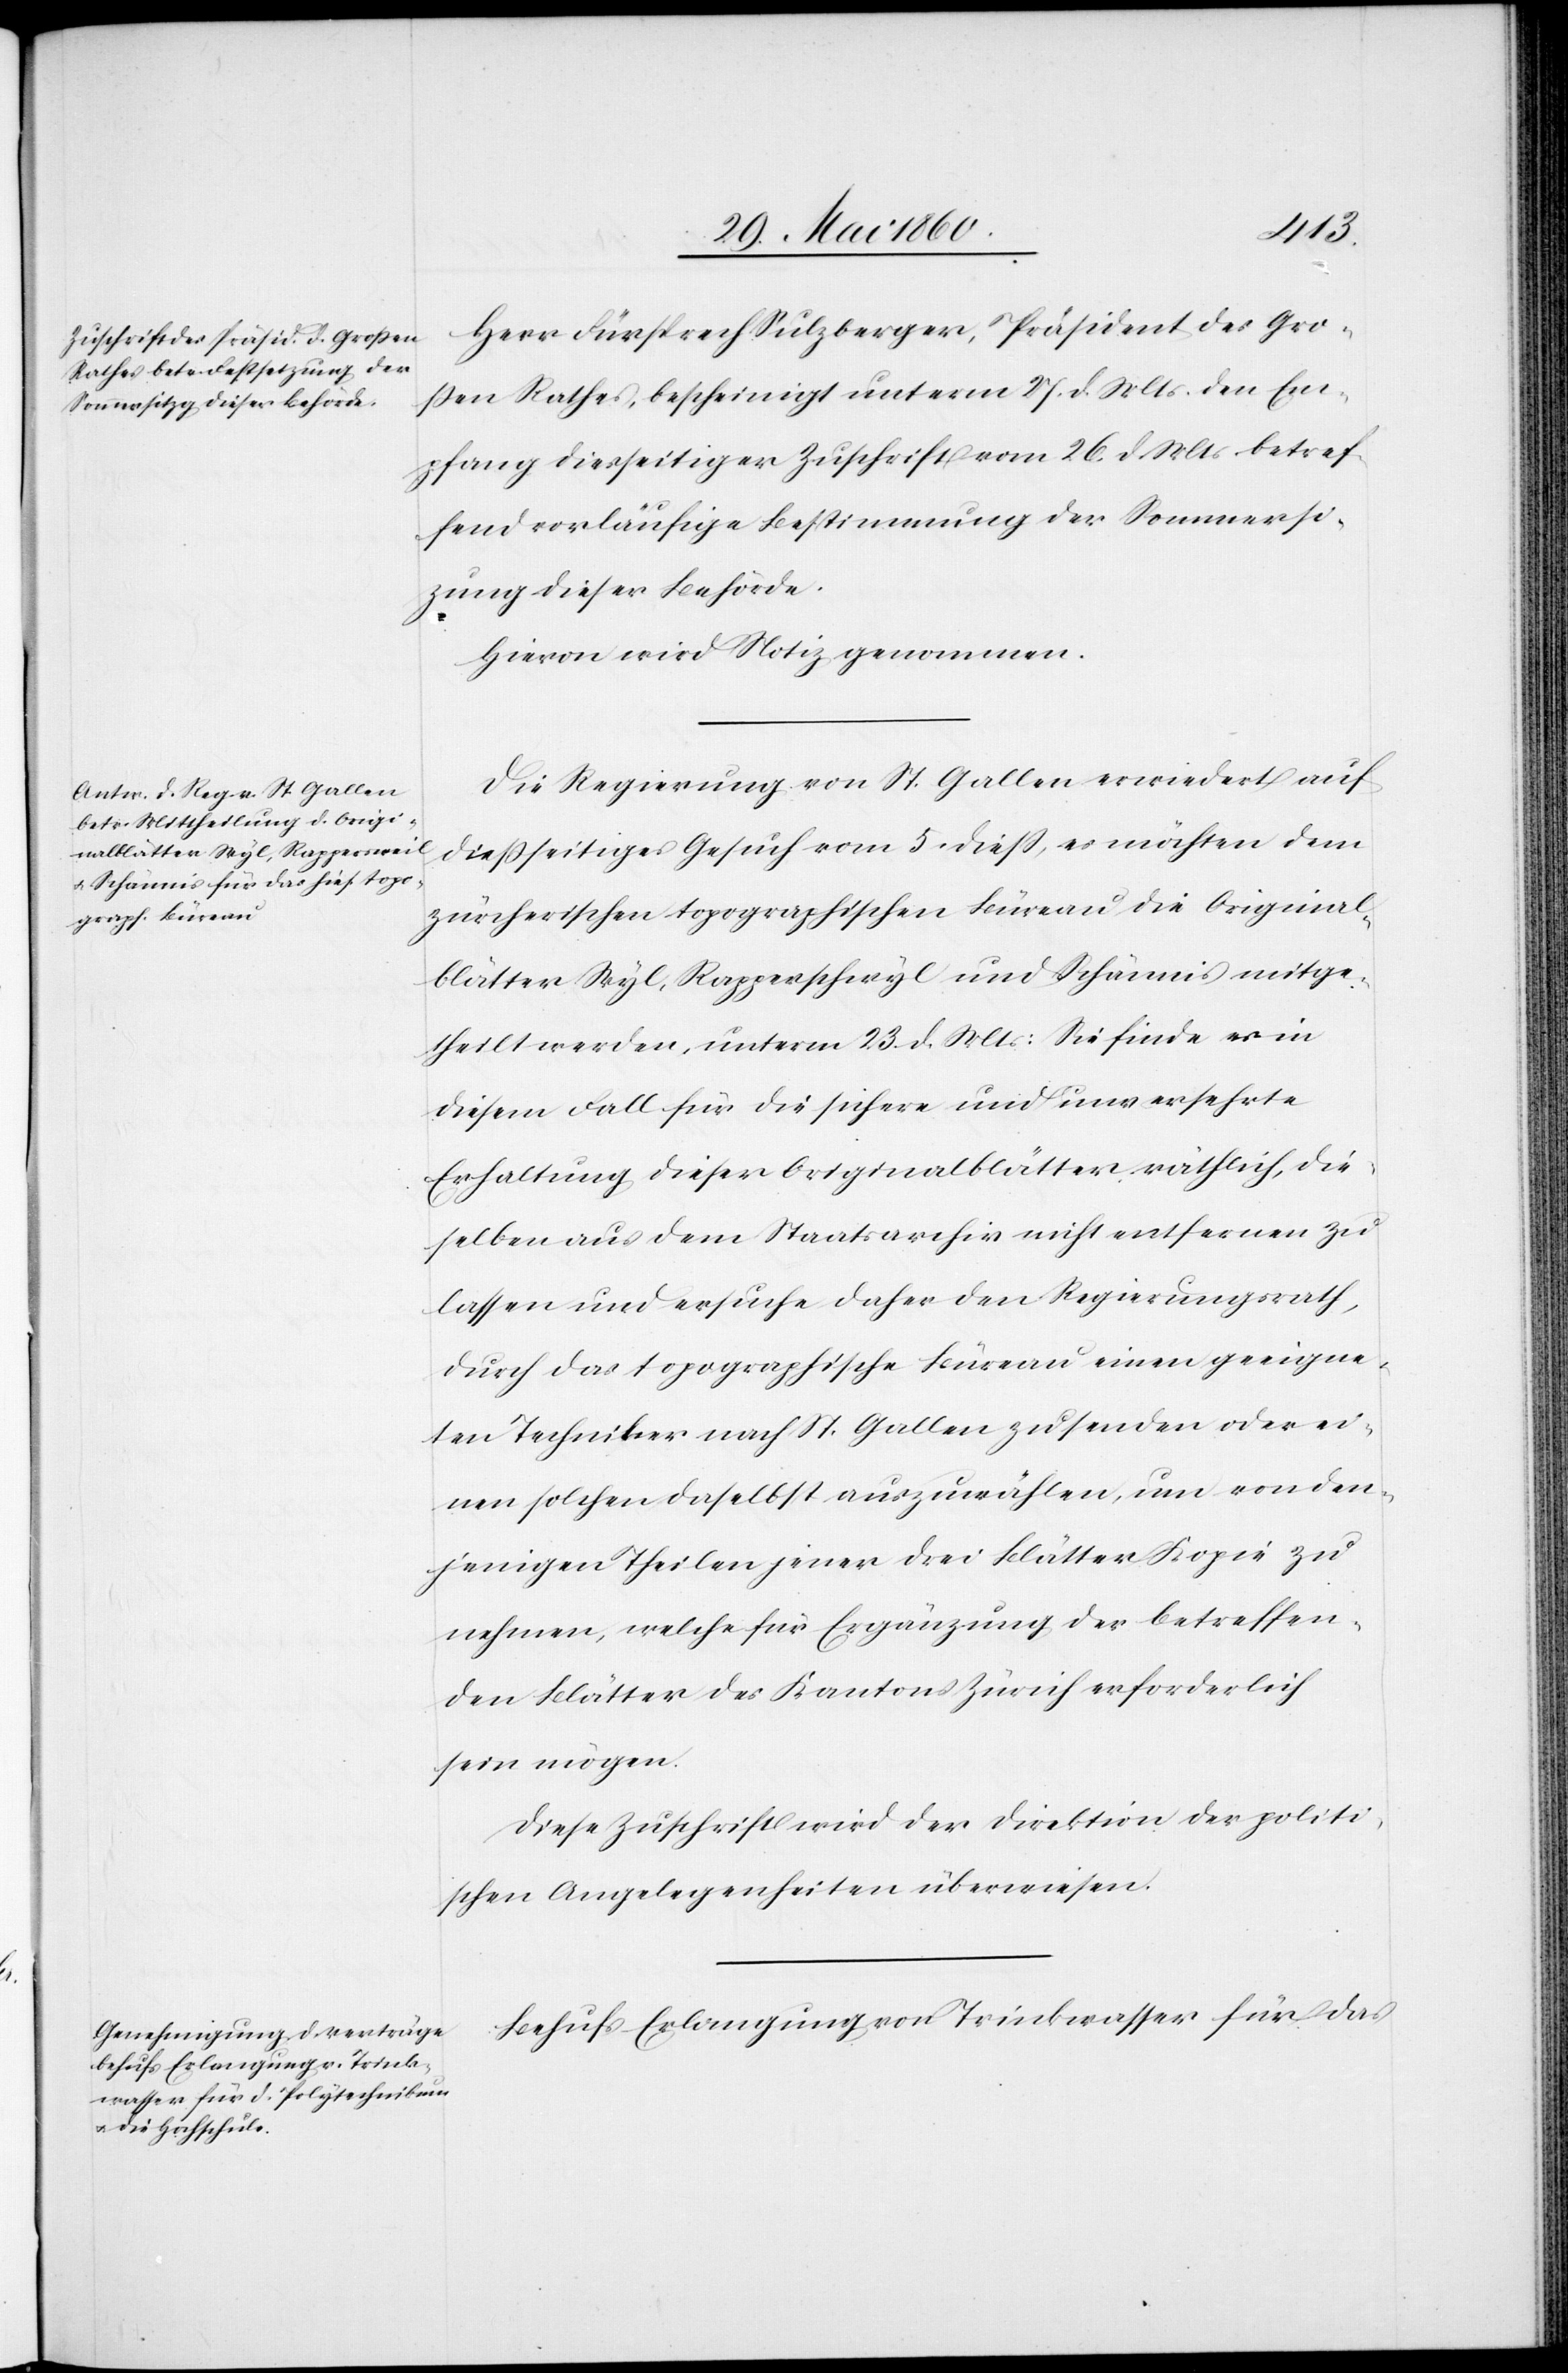
Herr Fürsprech Sulzberger, Präsident des Gros¬
sen Rathes, bescheinigt unterm 27. d. Mts. den Em¬
pfang diesseitiger Zuschrift vom 26. d. Mts. betref¬
fend vorläufige Bestimmung der Sommersi¬
tzung dieser Behörde.
Hievon wird Notiz genommen.
Die Regierung von St. Gallen erwidert auf
diesseitiges Gesuch vom 5. diess, es möchten dem
zürcherischen topographischen Büreau die Original¬
blätter Wyl, Rapperswyl und Schänis mitge¬
theilt werden, unterm 23. d. Mts. Sie finde es in
diesem Fall für die sichere und unversehrte
Erhaltung dieser Originalblätter räthlich, die¬
selben aus dem Staatsarchiv nicht entfernen zu
lassen und ersuche daher den Regierungsrath,
durch das topographische Büreau einen geeigne¬
ten Techniker nach St. Gallen zu senden oder ei¬
nen solchen daselbst auszuwählen, um von den¬
jenigen Theilen jener drei Blätter Kopie zu
nehmen, welche für Ergänzung der betreffen¬
den Blätter des Kantons Zürich erforderlich
sein mögen.
Diese Zuschrift wird der Direktion der politi¬
schen Angelegenheiten überwiesen.
Behufs Erlangung von Trinkwasser für das